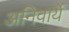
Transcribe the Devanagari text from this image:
अनिवार्ये